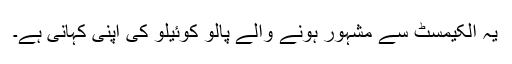
یہ الکیمسٹ سے مشہور ہونے والے پالو کوئیلو کی اپنی کہانی ہے۔